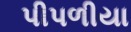
પીપળીયા